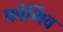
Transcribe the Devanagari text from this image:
फोर्गिव